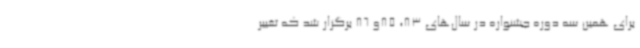
برای همین سه دوره جشنواره در سال‌های 83، 85و 86 برگزار شد که تغییر